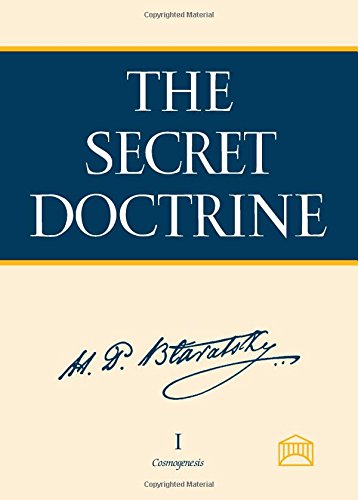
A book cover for The Secret Doctrine: The Synthesis of Science, Religion, and Philosophy (2-volume set); Helena Petrovna Blavatsky; Politics & Social Sciences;